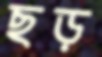
ছড়